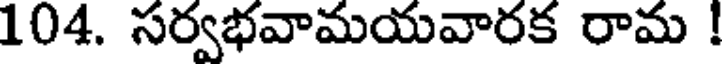
104. సర్వభవామయవారక రామ !